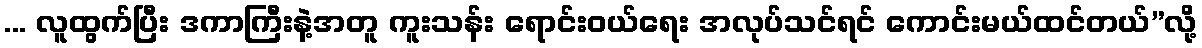
... လူထွက်ပြီး ဒကာကြီးနဲ့အတူ ကူးသန်း ရောင်းဝယ်ရေး အလုပ်သင်ရင် ကောင်းမယ်ထင်တယ်”လို့